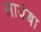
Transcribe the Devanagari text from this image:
सायंबा